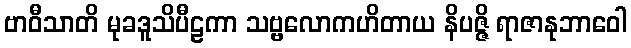
ဗာဝီသာတိ မုခဒူသိပီဠကာ သဗ္ဗလောကဟိတာယ နိပဇ္ဇိ ရာဇာနုဘာဝေါ